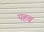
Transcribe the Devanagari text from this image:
यहब